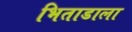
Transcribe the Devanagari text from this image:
भिताडाला